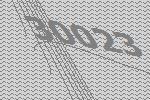
30023